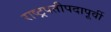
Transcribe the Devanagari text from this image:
राष्ट्रपतीपदापूर्वी